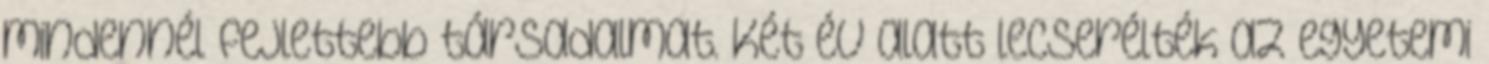
mindennél fejlettebb társadalmat. Két év alatt lecserélték az egyetemi